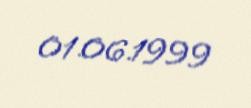
01.06.1999